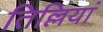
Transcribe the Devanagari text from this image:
तिल्लियां